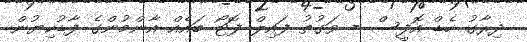
ދިރާގު ހެޑް އޮފީސް - ވަގުތު ފައިލް ފޮޓޯ ބައެއް އާންމުންގެ ފާޑުކިޔުން